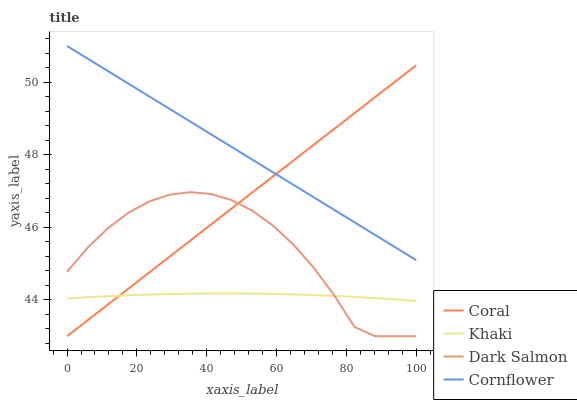
| xaxis_label | Coral | Khaki | Dark Salmon | Cornflower |
 | --- | --- | --- | --- | --- |
 | 0 | 43 | 44 | 44.8 | 51 |
 | 5.88 | 43.4 | 44.1 | 45.4 | 50.7 |
 | 11.8 | 43.9 | 44.1 | 46 | 50.3 |
 | 17.6 | 44.3 | 44.1 | 46.4 | 50 |
 | 23.5 | 44.8 | 44.1 | 46.7 | 49.6 |
 | 29.4 | 45.2 | 44.2 | 46.9 | 49.3 |
 | 35.3 | 45.6 | 44.2 | 47 | 48.9 |
 | 41.2 | 46.1 | 44.2 | 46.9 | 48.6 |
 | 47.1 | 46.5 | 44.2 | 46.8 | 48.2 |
 | 52.9 | 47 | 44.2 | 46.5 | 47.9 |
 | 58.8 | 47.4 | 44.2 | 46.1 | 47.5 |
 | 64.7 | 47.8 | 44.2 | 45.5 | 47.2 |
 | 70.6 | 48.3 | 44.1 | 44.9 | 46.8 |
 | 76.5 | 48.7 | 44.1 | 44.1 | 46.5 |
 | 82.4 | 49.2 | 44.1 | 43.3 | 46.1 |
 | 88.2 | 49.6 | 44.1 | 43 | 45.8 |
 | 94.1 | 50 | 44 | 43 | 45.4 |
 | 100 | 50.5 | 44 | 43 | 45.1 |